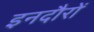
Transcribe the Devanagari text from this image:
इनदौरों